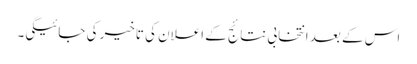
اس کے بعد انتخابی نتائج کے اعلان کی تاخیر کی جائیگی۔